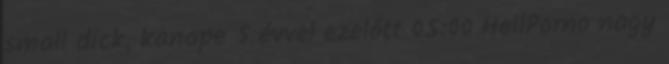
small dick, kanape 5 évvel ezelőtt 05:00 HellPorno nagy